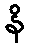
နိ